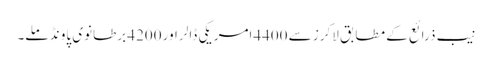
نیب ذرائع کے مطابق لاکرز سے 4400امریکی ڈالر اور 4200 برطانوی پاو نڈ ملے۔